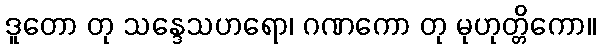
ဒူတော တု သန္ဒေသဟရော၊ ဂဏကော တု မုဟုတ္တိကော။